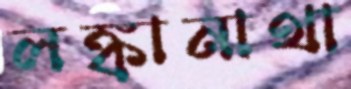
লঙ্কানাথা